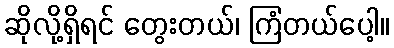
ဆိုလို့ရှိရင် တွေးတယ်၊ ကြံတယ်ပေါ့။